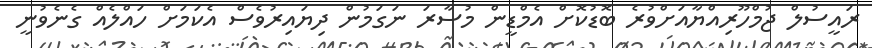
ރައީސުލް ޖުމްހޫރިއްޔާއަށްވުރެ ބޮޑުކޮށް އެމްޑީން މުސާރަ ނަގަމުން ދިޔައިރުވެސް އެކަމަށް ހައްލެއް ގެނެވުނީ